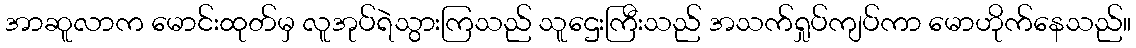
အာဆူလာက မောင်းထုတ်မှ လူအုပ်ရဲသွားကြသည် သူဌေးကြီးသည် အသက်ရှုပ်ကျပ်ကာ မောဟိုက်နေသည်။